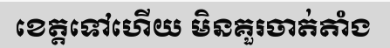
ខេត្តទៅហើយ មិនគួរចាត់តាំង